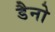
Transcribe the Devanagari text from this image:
डैनो